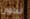
تكون